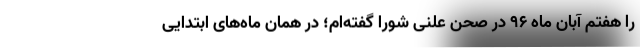
را هفتم آبان ماه ۹۶ در صحن علنی شورا گفته‌ام؛ در همان ماه‌های ابتدایی